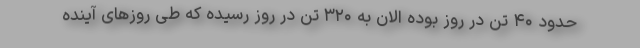
حدود ۴۰ تن در روز بوده الان به ۳۲۰ تن در روز رسیده که طی روزهای آینده